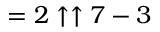
= 2 \uparrow \uparrow 7 - 3